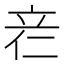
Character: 𰩡